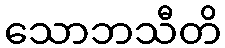
သောဘသီတိ